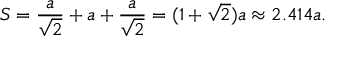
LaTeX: S = { \frac { a } { \sqrt { 2 } } } + a + { \frac { a } { \sqrt { 2 } } } = ( 1 + { \sqrt { 2 } } ) a \approx 2 . 4 1 4 a .